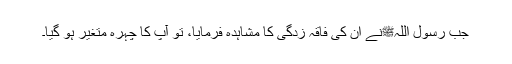
جب رسول اللہﷺنے ان کی فاقہ زدگی کا مشاہدہ فرمایا، تو آپ کا چہرہ متغیر ہو گیا۔